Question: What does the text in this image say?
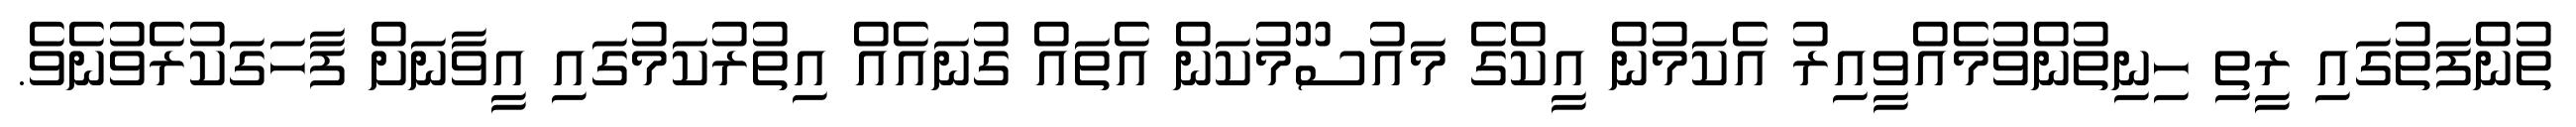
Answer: ތުންފަތުގައި ރީތި ހިނިތުންވުމެއްވީއިރު އެކަމުން އީކްގެ މައުސޫމުކަން އެތައް ގުނައެއް އިތުރުކަމުގައި އީވާނަށް ފާހަގަކުރެވުނެވެ.